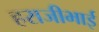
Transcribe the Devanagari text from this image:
हराजीभाई